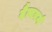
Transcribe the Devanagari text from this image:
दैत्यवर्ग